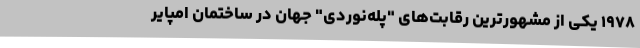
۱۹۷۸ یکی از مشهور‌ترین رقابت‌های "پله‌نوردی" جهان در ساختمان امپایر